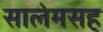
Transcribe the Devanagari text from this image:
सालेमसह